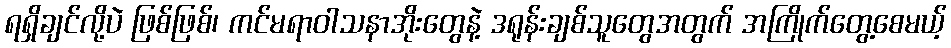
ရရှိချင်လို့ပဲ ဖြစ်ဖြစ်၊ ကင်မရာဝါသနာအိုးတွေနဲ့ ဒရုန်းချစ်သူတွေအတွက် အကြိုက်တွေ့စေမယ့်